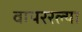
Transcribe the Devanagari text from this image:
वापररल्या